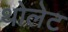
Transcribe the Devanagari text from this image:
थोलेट